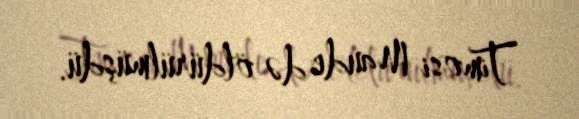
Timosi Maude də öldürülmüşdü.